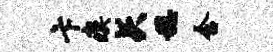
卞瘼矢稳含